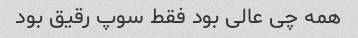
همه چی عالی بود فقط سوپ رقیق بود